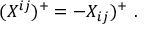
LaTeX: ( X ^ { i j } ) ^ { + } = - X _ { i j } ) ^ { + } \ .